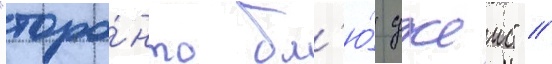
"торо́нто бл'ю́ джеис" //